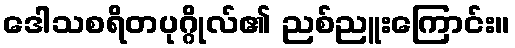
ဒေါသစရိတပုဂ္ဂိုလ်၏ ညစ်ညူးကြောင်း။